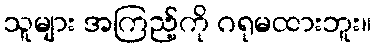
သူများ အကြည့်ကို ဂရုမထားဘူး။